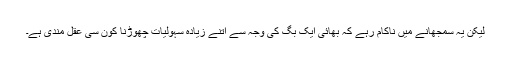
لیکن یہ سمجھانے میں ناکام رہے کہ بھائی ایک بَگ کی وجہ سے اتنے زیادہ سہولیات چھوڑنا کون سی عقل مندی ہے۔